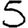
Digit: 5